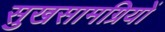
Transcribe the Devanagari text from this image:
सुखसामग्रियों